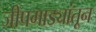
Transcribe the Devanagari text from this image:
जीपगाड्यांतून